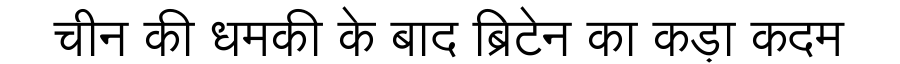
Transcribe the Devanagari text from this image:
चीन की धमकी के बाद ब्रिटेन का कड़ा कदम